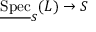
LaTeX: { \underline { { \mathrm { S p e c } } } } _ { S } ( L ) \to S